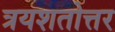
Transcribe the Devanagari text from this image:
त्रयशतोत्तर